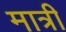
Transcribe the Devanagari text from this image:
मात्री